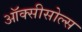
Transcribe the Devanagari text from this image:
ऑक्सीसोल्स